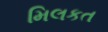
મિલકત